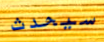
سيحدث